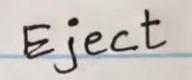
Eject